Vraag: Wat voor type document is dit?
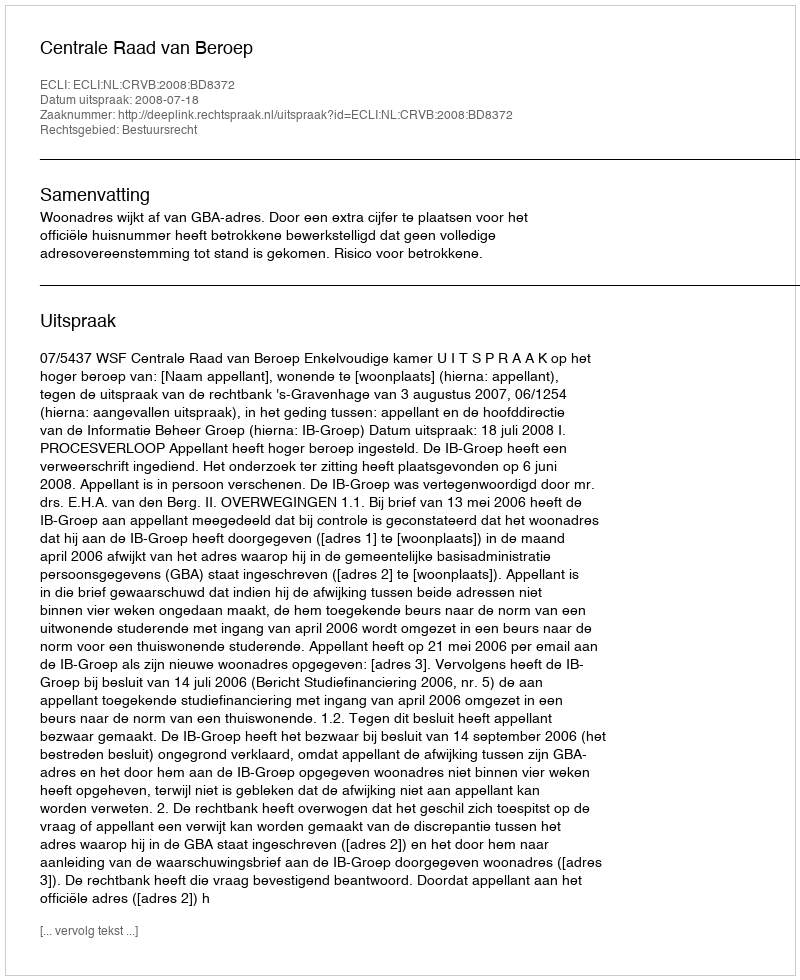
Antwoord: Uitspraak